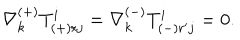
\nabla _ { k } ^ { ( + ) } T _ { ( + ) r j } ^ { i } = \nabla _ { k } ^ { ( - ) } T _ { ( - ) r ^ { \prime } j } ^ { i } = 0 .